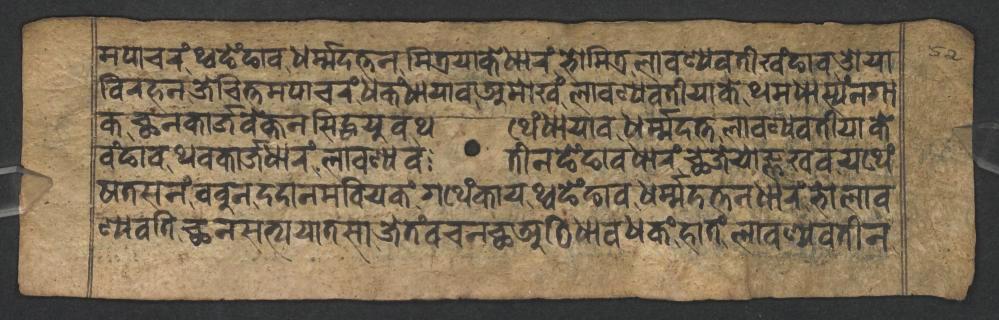
𑐩𑐥𑐵𑐔𑐬𑑄𑐠𑑂𑐰𑐒𑐾𑑄𑐒𑐵𑐰𑐢𑐬𑑂𑐩𑑂𑐩𑐡𑐟𑑂𑐟𑐣𑐩𑐶𑐟𑑂𑐬𑐫𑐵𑐎𑐾𑐢𑐵𑐬𑑄𑐨𑑀𑐩𑐶𑐟𑑂𑐬𑐮𑐵𑐰𑐞𑑂𑐫𑐰𑐟𑐷𑐏𑑄𑐒𑐵𑐰𑐌𑐫𑐵 𑐰𑐶𑐬𑐴𑐣𑐖𑐾𑐔𑐶𑐟𑑂𑐟𑐩𑐥𑐵𑐔𑐬𑑄𑐢𑐎𑑄𑐢𑐵𑐫𑐵𑐰𑐀𑐩𑑀𑐏𑑄𑐮𑐵𑐰𑐞𑑂𑐫𑐰𑐟𑐷𑐫𑐵𑐎𑐾𑐠𑐩𑐢𑐵𑐳𑑂𑐫𑑄𑐣𑐐𑐵 𑐎𑐕𑐣𑐎𑐵𑐬𑑂𑐖𑐰𑐾𑐎𑑂𑐟𑐣𑐳𑐶𑐡𑑂𑐢𑐫𑐸𑐰𑐠𑐠𑐾𑑄𑐢𑐵𑐫𑐵𑐰𑐢𑐬𑑂𑐩𑑂𑐩𑐡𑐟𑑂𑐟𑐮𑐵𑐰𑐞𑑂𑐫𑐰𑐟𑐷𑐫𑐵𑐎𑐾 𑐰𑑄𑐒𑐵𑐰𑐠𑐰𑐎𑐵𑐬𑑂𑐖𑐢𑐵𑐬𑑄𑐮𑐵𑐰𑐞𑑂𑐫𑐰𑐟𑐷𑐣𑐒𑐾𑑄𑐒𑐵𑐰𑐢𑐵𑐬𑑄𑐕𑐾𑐖𑐾𑐖𑑀𑐖𑑂𑐘𑐏𑐰𑐫𑐠𑐾𑑄 𑐲𑐟𑐳𑐣𑑄𑐧𑐧𑐸𑐣𑐡𑐡𑐵𑐣𑐩𑐧𑐶𑐫𑐎𑑄𑐐𑐠𑐾𑑄𑐎𑐵𑐫𑐠𑑂𑐰𑐒𑐾𑑄𑐒𑐵𑐰𑐢𑐬𑑂𑐩𑑂𑐩𑐡𑐟𑑂𑐟𑐣𑐢𑐵𑐬𑑄𑐨𑑀𑐮𑐰 𑐞𑑂𑐫𑐰𑐟𑐶𑐕𑐣𑐳𑐟𑑂𑐫𑐫𑐵𑐟𑐳𑐵𑐖𑐾𑐟𑑄𑐰𑐔𑐣𑐕𑐀𑐛𑐶𑐢𑐵𑐰𑐢𑐎𑑄𑐴𑐵𑐟𑑄𑐮𑐵𑐰𑐞𑑂𑐫𑐰𑐟𑐷𑐣